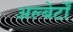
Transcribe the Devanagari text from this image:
अल्बेर्टों